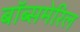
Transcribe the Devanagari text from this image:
बॉब्समेरिल